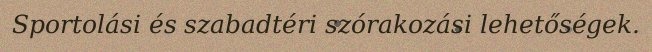
Sportolási és szabadtéri szórakozási lehetőségek.